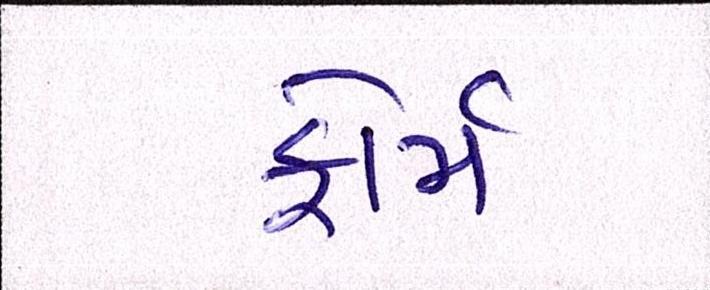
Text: ફોર્મ